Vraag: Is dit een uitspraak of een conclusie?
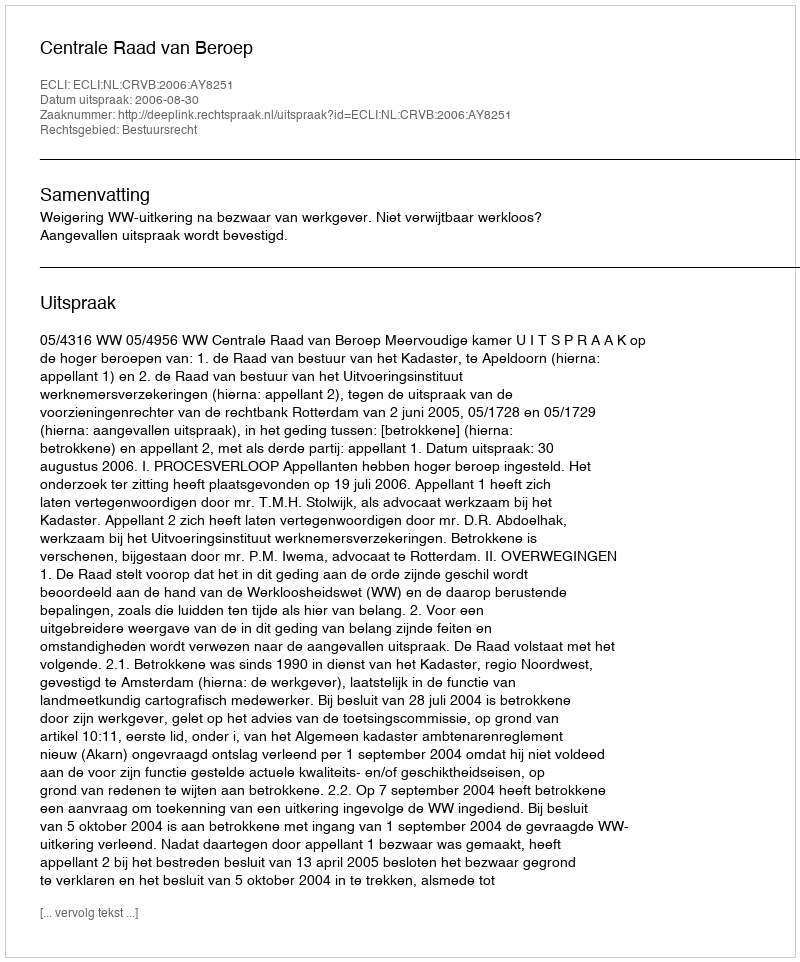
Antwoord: Uitspraak